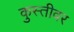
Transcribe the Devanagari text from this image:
कुस्तीवर